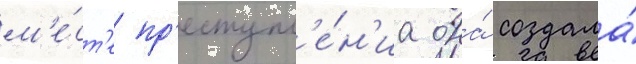
м'е́ст'е пр'еступл'е́н'иа она́ создала́